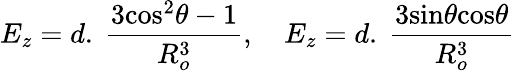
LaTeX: E_{z}=d.\ \frac{3\textrm{cos}^{2}\theta-1}{R_{o}^{3}},\quad E_{z}=d.\ \frac{3\textrm{sin}\theta\textrm{cos}\theta}{R_{o}^{3}}